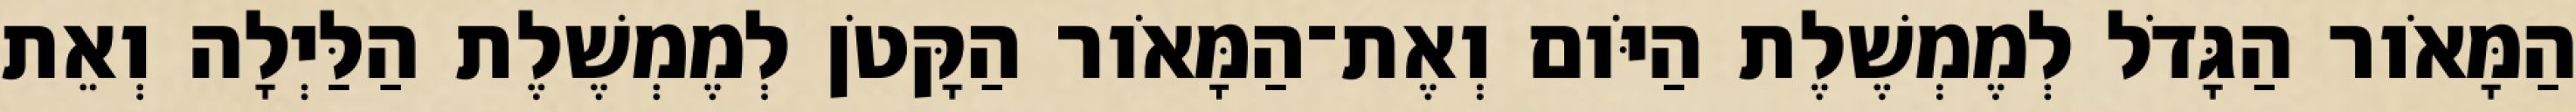
הַמָּאֹור הַגָּדֹל לְמֶמְשֶׁלֶת הַיֹּום וְאֶת־הַמָּאֹור הַקָּטֹן לְמֶמְשֶׁלֶת הַלַּיְלָה וְאֵת